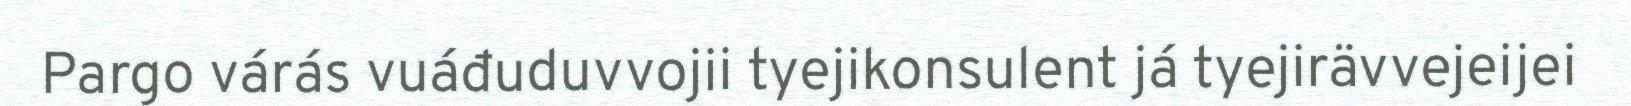
Pargo várás vuáđuduvvojii tyejikonsulent já tyejirävvejeijei